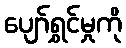
ပျော်ရွှင်မှုကို